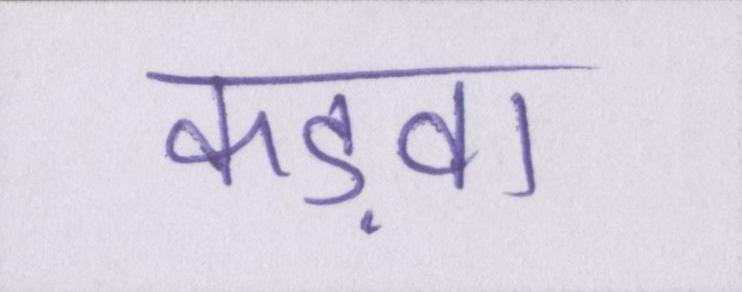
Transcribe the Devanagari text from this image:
कड़वा